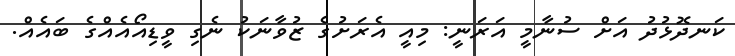
ކަނދޮޅުދު އަށް ސުނާމީ އަރަނީ: މިއީ އެރަށުގެ ޒުވާނަކު ނެގި ވީޑިއޯއެއްގެ ބައެއް.